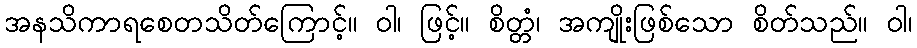
အနသိကာရစေတသိတ်ကြောင့်။ ဝါ၊ ဖြင့်။ စိတ္တံ၊ အကျိုးဖြစ်သော စိတ်သည်။ ဝါ၊